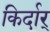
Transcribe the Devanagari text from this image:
किर्दार्